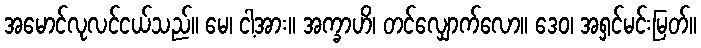
အမောင်လုလင်ငယ်သည်။ မေ၊ ငါ့အား။ အက္ခာဟိ၊ တင်လျှောက်လော။ ဒေဝ၊ အရှင်မင်းမြတ်။